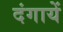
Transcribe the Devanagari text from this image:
दंगायें